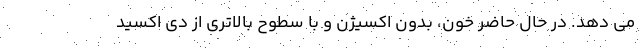
می دهد. در حال حاضر خون، بدون اکسیژن و با سطوح بالاتری از دی اکسید